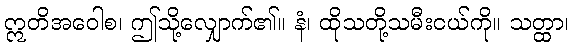
ဣတိအဝေါစ၊ ဤသို့လျှောက်၏။ နံ၊ ထိုသတို့သမီးငယ်ကို။ သတ္ထာ၊